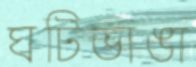
ঘটিভাঙা